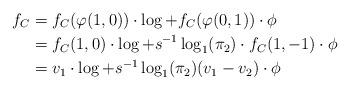
LaTeX: \begin{align*}f_C &= f_C(\varphi(1,0))\cdot \log + f_C(\varphi(0,1))\cdot \phi \\& = f_C(1,0)\cdot \log + s^{-1}\log_1(\pi_2)\cdot f_C(1,-1)\cdot \phi \\& = v_1\cdot \log + s^{-1} \log_1(\pi_2) (v_1-v_2)\cdot \phi \end{align*}